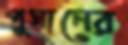
পুসানের